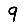
Digit: 9